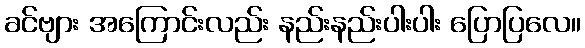
ခင်ဗျား အကြောင်းလည်း နည်းနည်းပါးပါး ပြောပြလေ။